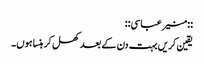
::منیر عباسی::
یقین کریں بہت دن کے بعد کھل کر ہنسا ہوں۔